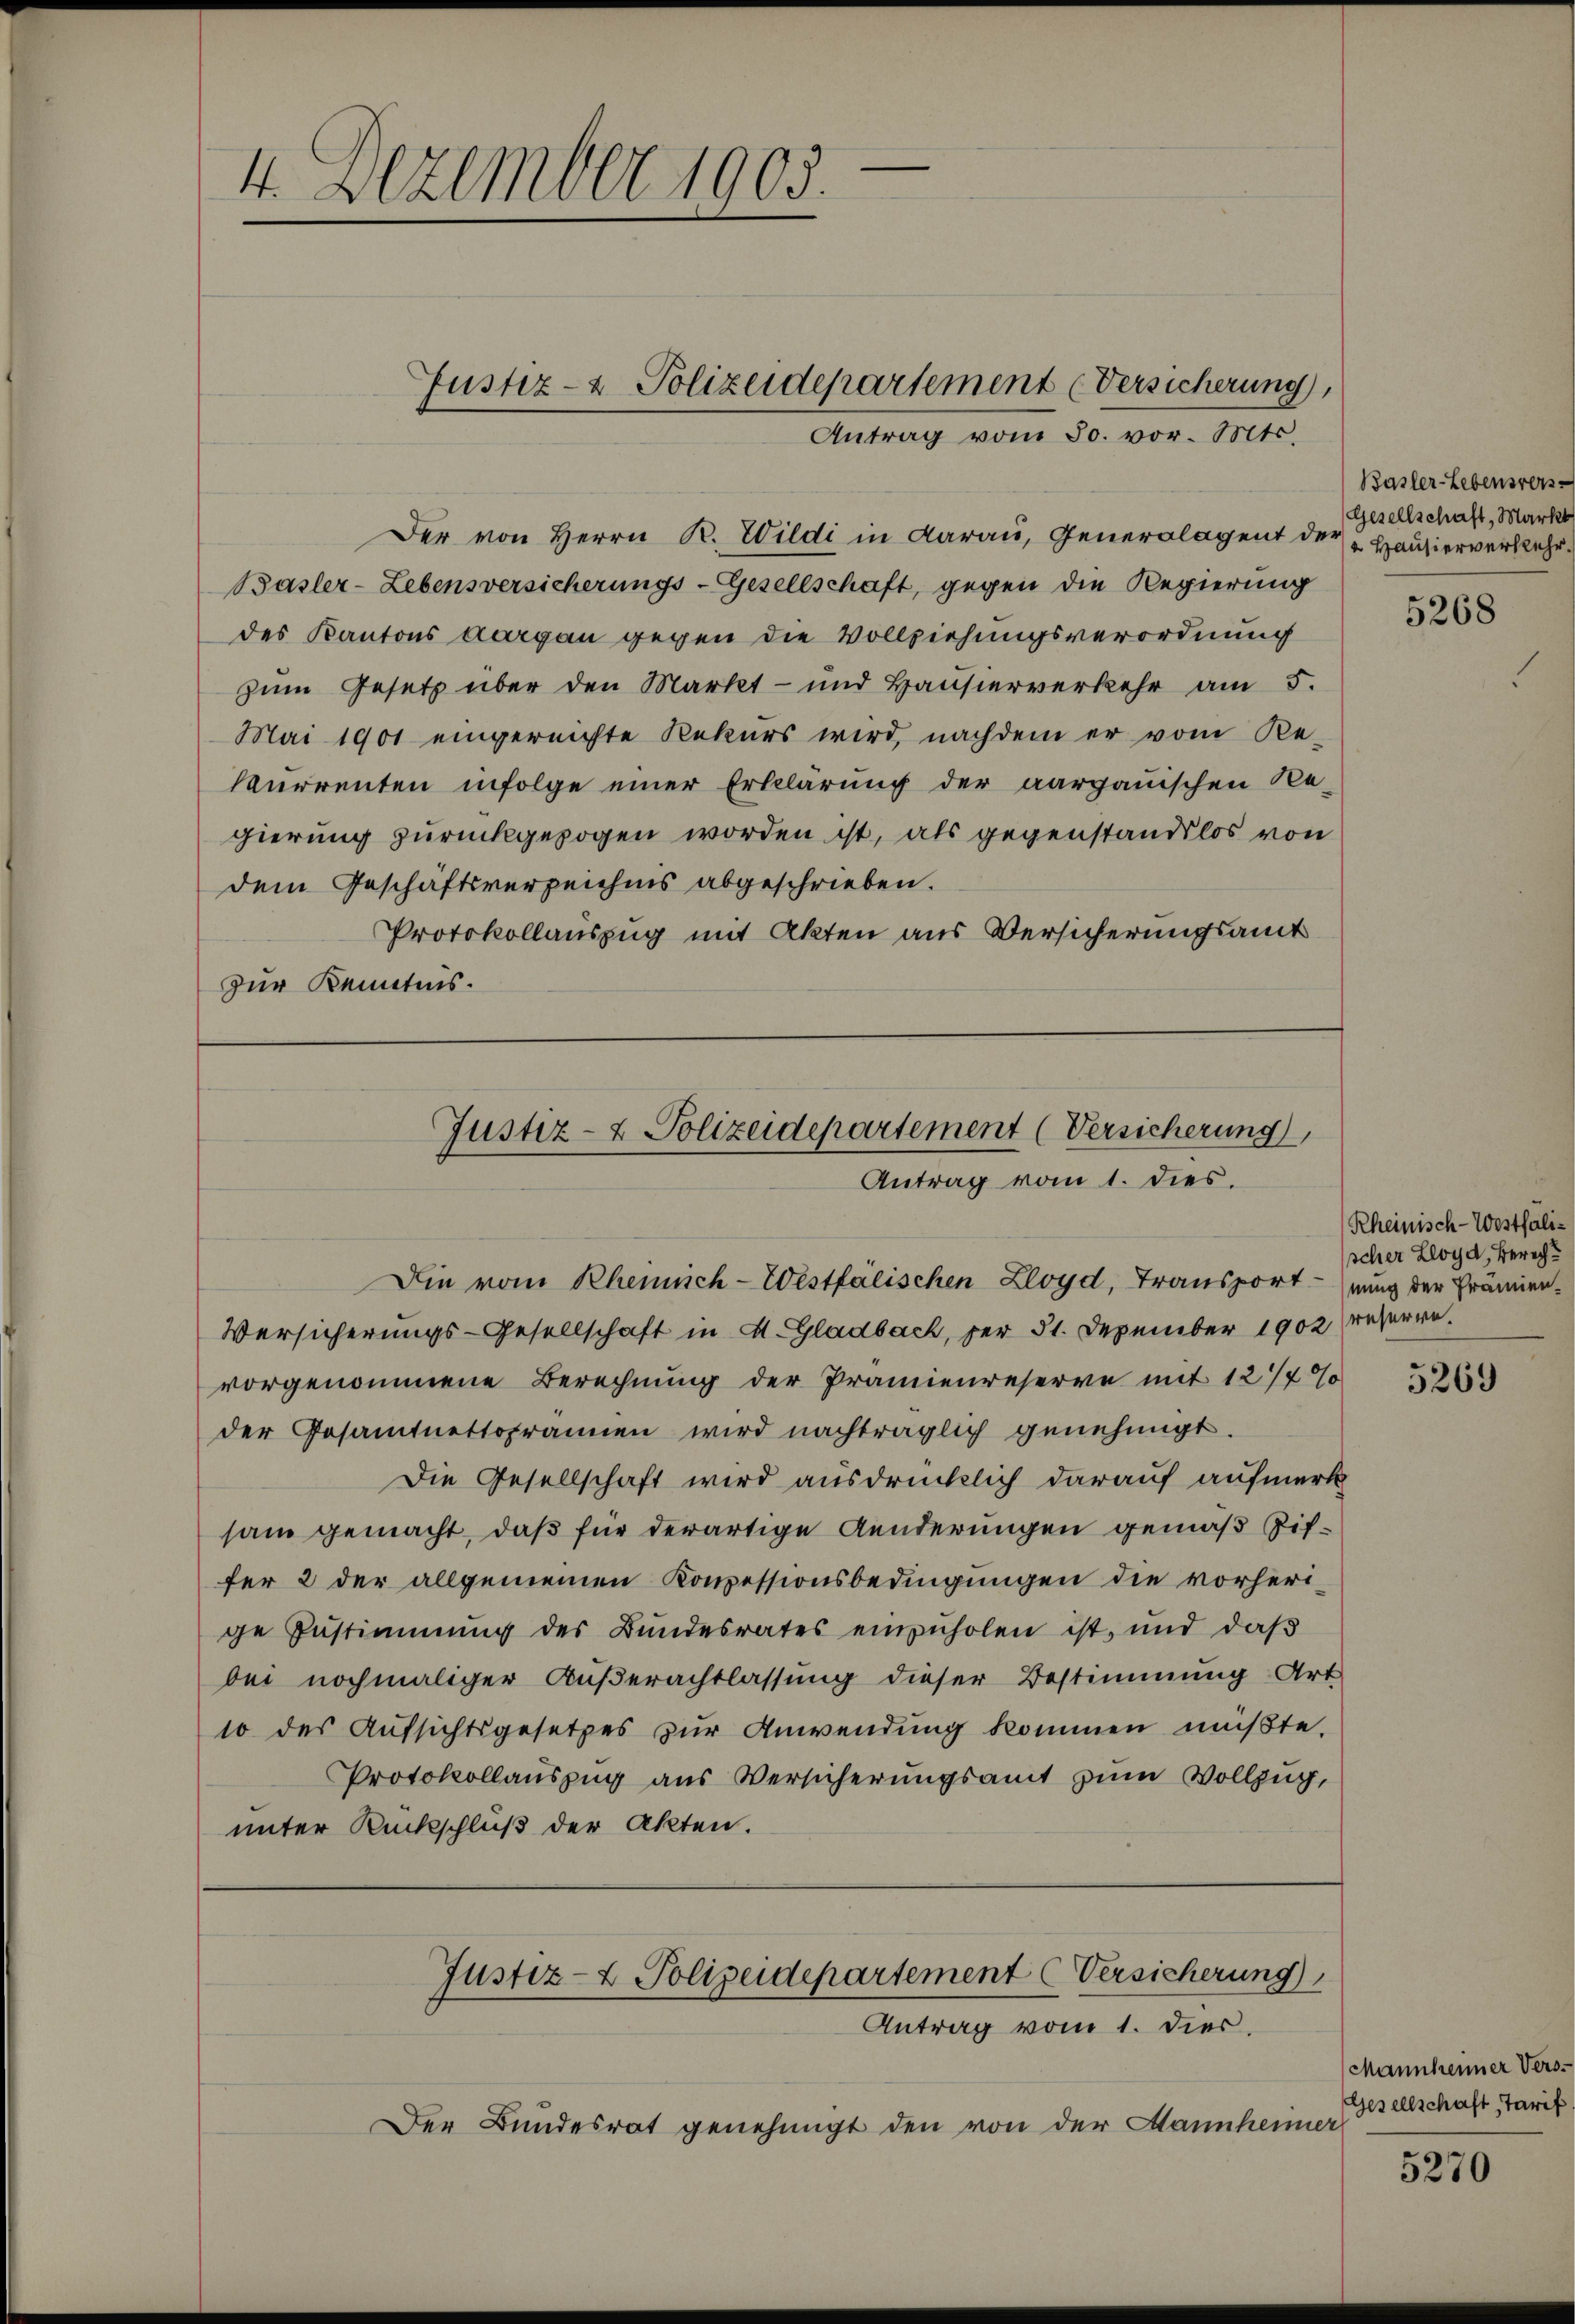
4. Dezember 1903.

Justiz- & Polizeidepartement (Versicherung,

Antrag vom 30. vor. Mts.
Basler-Lebensversicherungs-Gesellschaft, gegen die Regierung
des Kantons Aargau gegen die Vollziehungsverordnung
zum Gesetz über den Markt- und Hausierverkehr am 5.
Mai 1901 eingereichte Rekurs wird, nachdem er vom Re-
kurrenten infolge einer Erklärung der aargauischen Re-
gierung zurückgezogen worden ist, als gegenstandslos von
dem Geschäftsverzeichnis abgeschrieben.
Protokollauszug mit Akten aus Versicherungsamt
zur Kenntnis.

Der von Herrn R. Wildi in darau, Generalagent der

Justiz- & Polizeidepartement (Versicherung
Antrag vom 1. dies.

Versicherungs-Gesellschaft in A. Gladbach, der 31. Dezember 1902 reserre.
vorgenommene Berechnung der Prämienreserve mit 12/4%
der Gesamtnettogramen wird nachträglich genehmigt.
Die Gesellschaft wird ausdrücklich darauf aufmerk
sam gemacht, daß für derartige Aenderungen gemäß Ziffer 2 der allgemeinen Konzessionsbedingungen die vorherige Zustimmung des Bundesrates einzŭholen ist, und daβ
bei nochmaliger Außerachtlassung dieser Bestimmung Art
10 des Aufsichtsgesetzes zur Anwendung kommen müßte.
Protokollauszug aus Versicherungsamt zum Vollzug,
unter Rückschluß der Akten.

Die vom Rheinlich-Westfälischen Lloyd, Transport-

Justiz- & Polizeidepartement (Versicherung
Antrag vom 1. dies,

Der Bundesrat genehmigt den von der Mannheimer

Basler-Lebensvers
Gesellschaft, Mark
 Hausierverkehr.

5268

Rheinisch-Westfälischer Lloyd, Berech
nung der Prämien¬

5269

Mannheimer Vers.
Gesellschaft, Tarif

5270